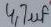
Text: 4,7µf